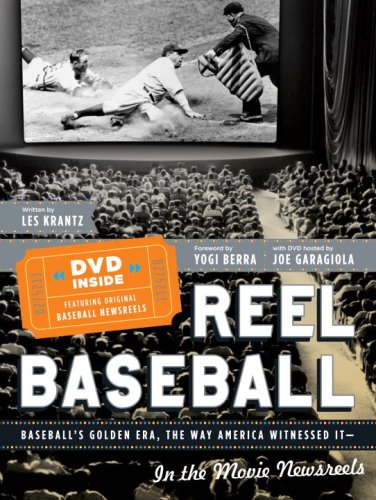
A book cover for REEL BASEBALL Baseball's Golden Era, The Way America Witnessed It - In The Movie Newsreels; Les Krantz; Sports & Outdoors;